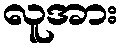
လူအား